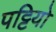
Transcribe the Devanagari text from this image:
पट्टियो